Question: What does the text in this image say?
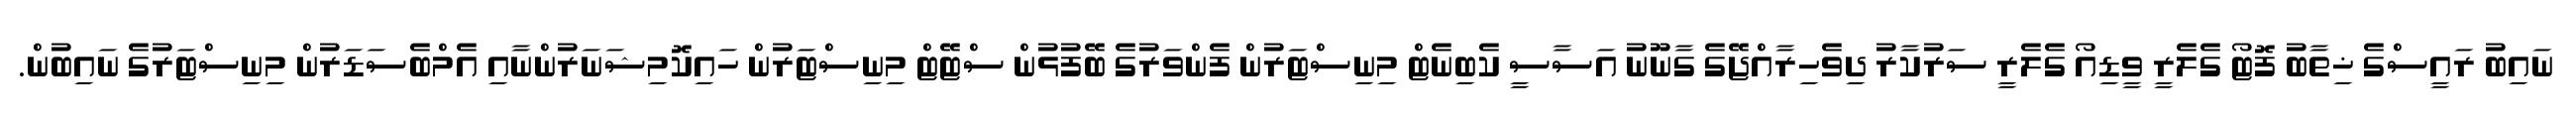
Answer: ނައިބު ރައީސްގެ ޚިތާބު ފޮޓޯ ގެލެރީ ވީޑިއޯ ގެލެރީ ސަރުކާރު ދިވެހިރާއްޖޭގެ ގާނޫނު އަސާސީ ކެބިނެޓް މިނިސްޓަރުން ފެންވަރުގެ ބޭފުޅުން ސްޓޭޓް މިނިސްޓަރުން ހައިކޮމިޝަނަރުންނާއި އެމްބެސަޑަރުން މިނިސްޓަރުގެ ނައިބުން.